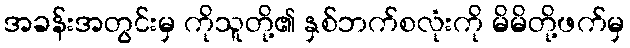
အခန်းအတွင်းမှ ကိုသူတို့၏ နှစ်ဘက်စလုံးကို မိမိတို့ဖက်မှ